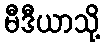
မီဒီယာသို့